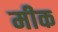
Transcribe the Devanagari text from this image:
मीक